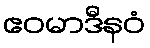
ဧဝမာဒီနဝံ